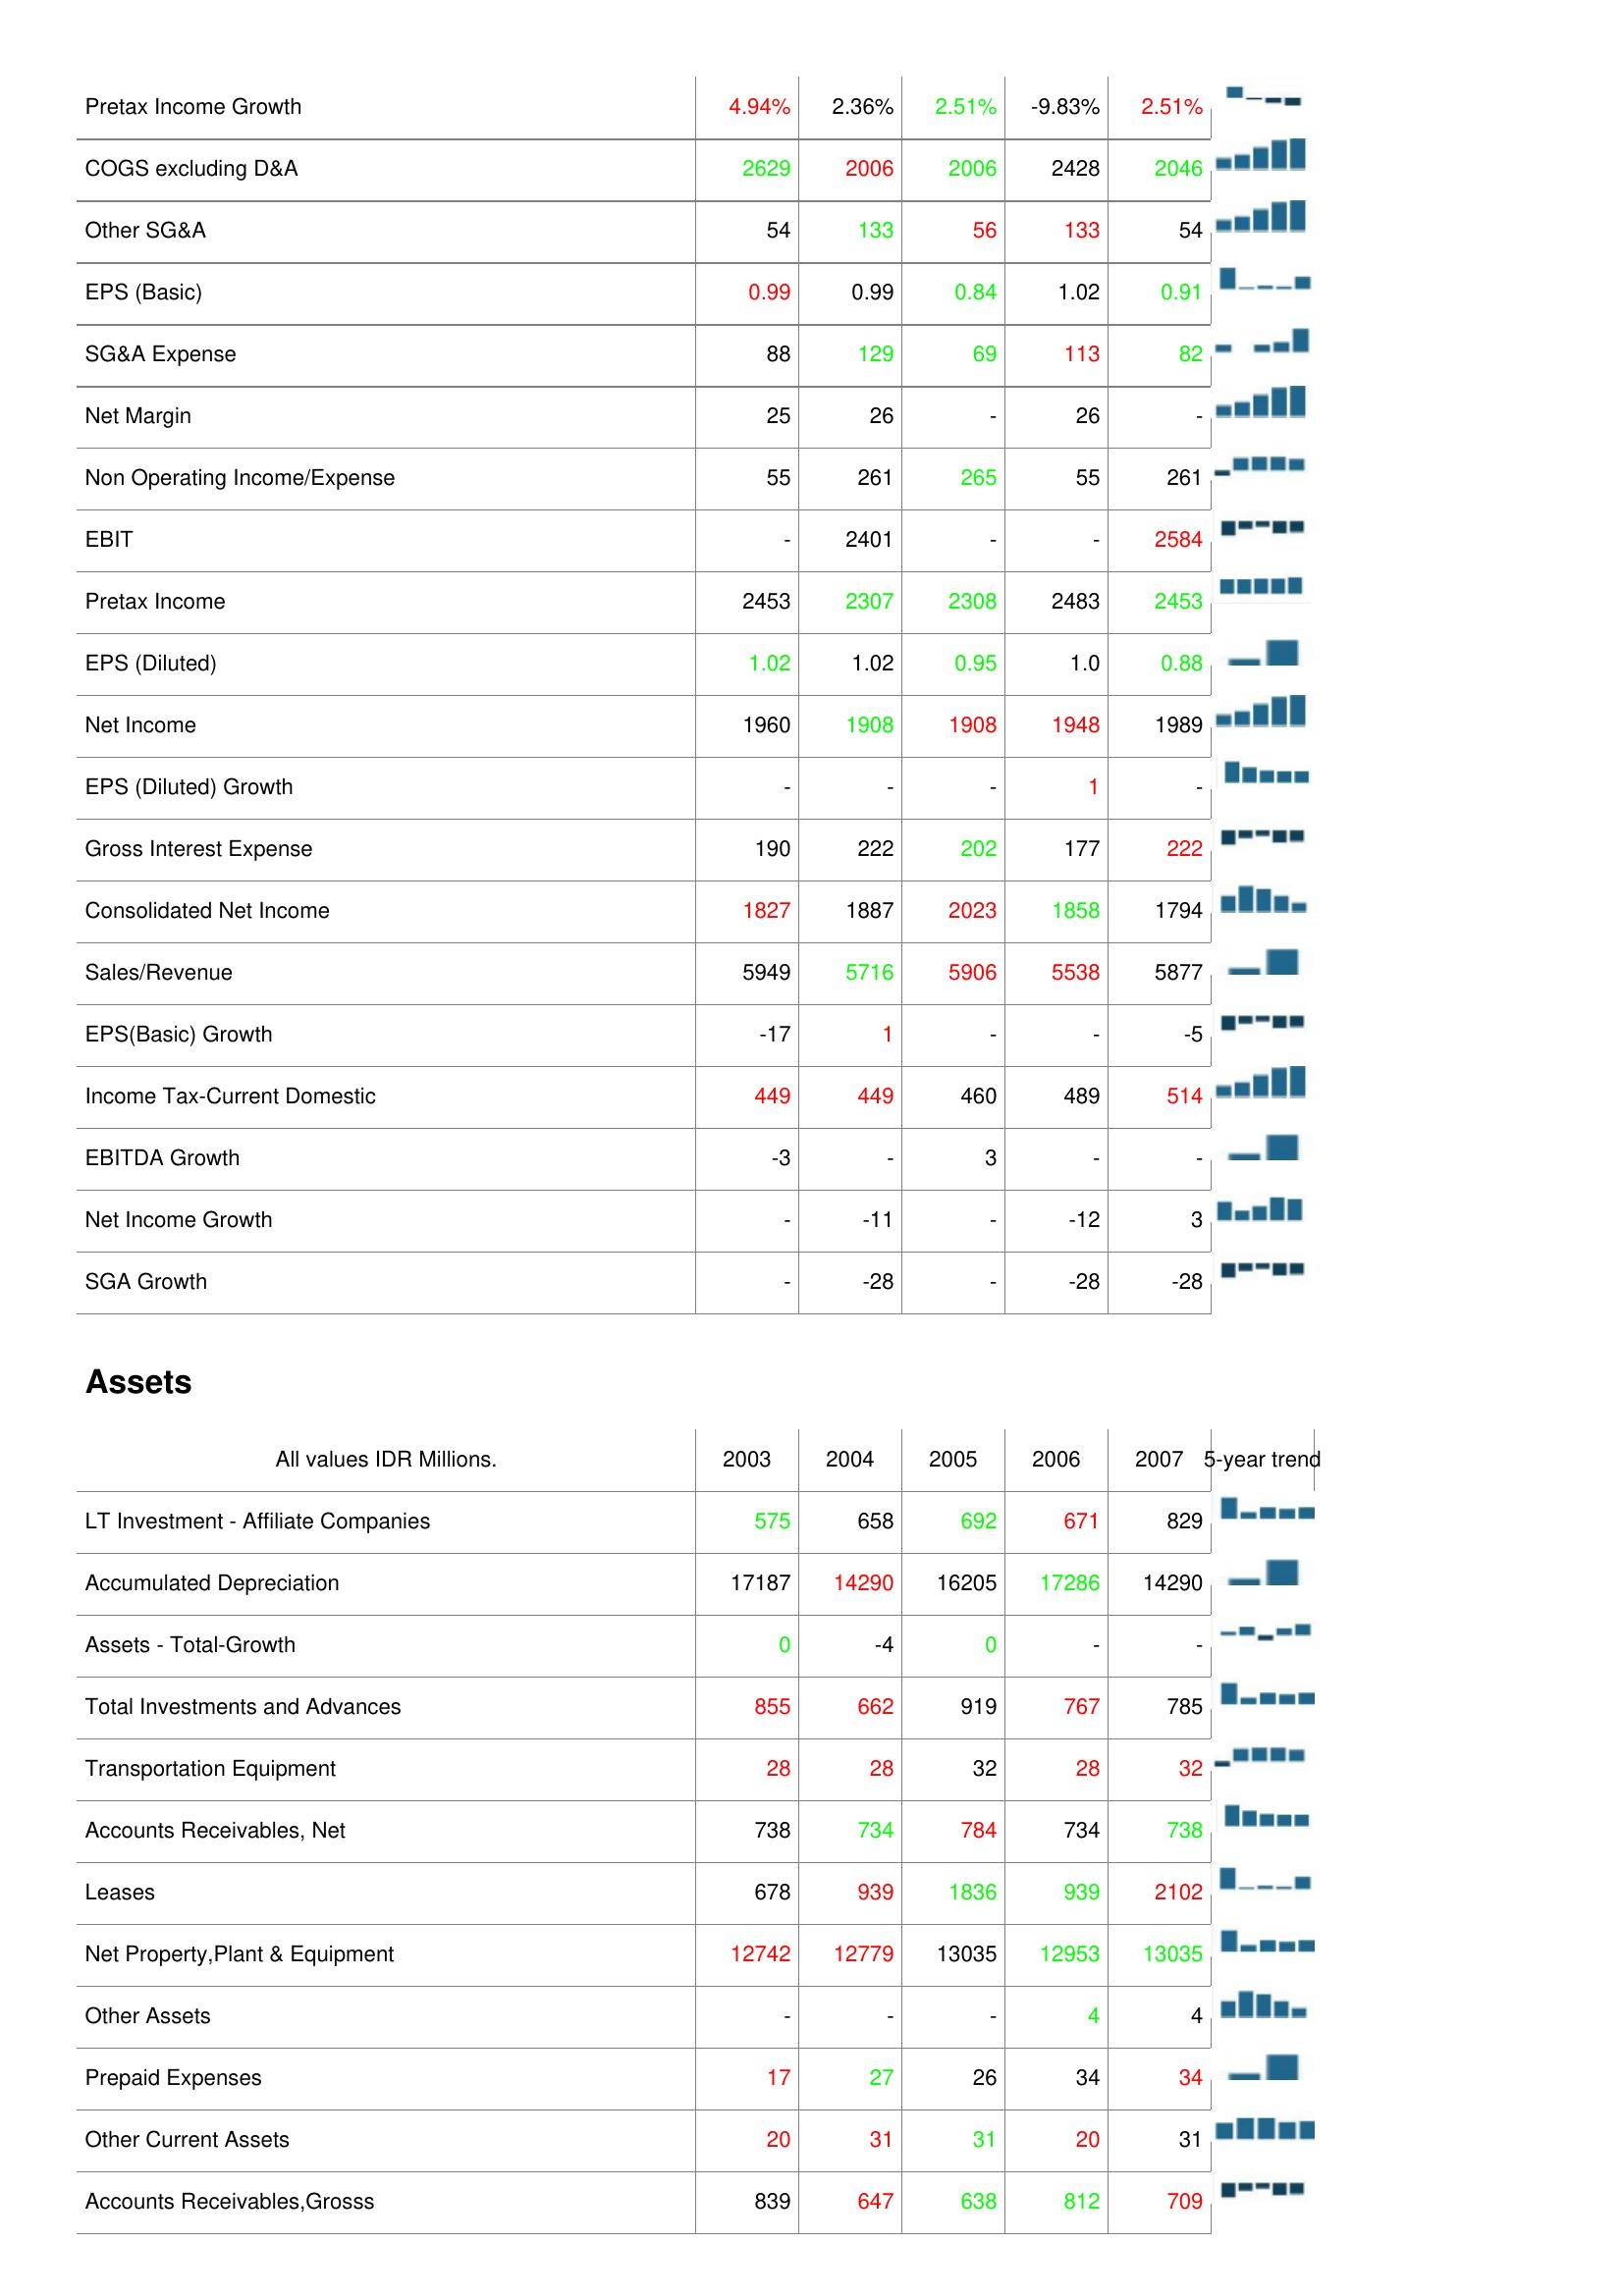
2003: : Pretax Income Growth: 4.94%
COGS excluding D&A: 2629
Other SG&A: 54
EPS (Basic): 0.99
SG&A Expense: 88
Net Margin: 25
Non Operating Income/Expense: 55
EBIT: -
Pretax Income: 2453
EPS (Diluted): 1.02
Net Income: 1960
EPS (Diluted) Growth: -
Gross Interest Expense: 190
Consolidated Net Income: 1827
Sales/Revenue: 5949
EPS(Basic) Growth: -17
Income Tax-Current Domestic: 449
EBITDA Growth: -3
Net Income Growth: -
SGA Growth: -
Assets: LT Investment - Affiliate Companies: 575
Accumulated Depreciation: 17187
Assets - Total-Growth: 0
Total Investments and Advances: 855
Transportation Equipment: 28
Accounts Receivables, Net: 738
Leases: 678
Net Property,Plant & Equipment: 12742
Other Assets: -
Prepaid Expenses: 17
Other Current Assets: 20
Accounts Receivables,Grosss: 839
2004: : Pretax Income Growth: 2.36%
COGS excluding D&A: 2006
Other SG&A: 133
EPS (Basic): 0.99
SG&A Expense: 129
Net Margin: 26
Non Operating Income/Expense: 261
EBIT: 2401
Pretax Income: 2307
EPS (Diluted): 1.02
Net Income: 1908
EPS (Diluted) Growth: -
Gross Interest Expense: 222
Consolidated Net Income: 1887
Sales/Revenue: 5716
EPS(Basic) Growth: 1
Income Tax-Current Domestic: 449
EBITDA Growth: -
Net Income Growth: -11
SGA Growth: -28
Assets: LT Investment - Affiliate Companies: 658
Accumulated Depreciation: 14290
Assets - Total-Growth: -4
Total Investments and Advances: 662
Transportation Equipment: 28
Accounts Receivables, Net: 734
Leases: 939
Net Property,Plant & Equipment: 12779
Other Assets: -
Prepaid Expenses: 27
Other Current Assets: 31
Accounts Receivables,Grosss: 647
2005: : Pretax Income Growth: 2.51%
COGS excluding D&A: 2006
Other SG&A: 56
EPS (Basic): 0.84
SG&A Expense: 69
Net Margin: -
Non Operating Income/Expense: 265
EBIT: -
Pretax Income: 2308
EPS (Diluted): 0.95
Net Income: 1908
EPS (Diluted) Growth: -
Gross Interest Expense: 202
Consolidated Net Income: 2023
Sales/Revenue: 5906
EPS(Basic) Growth: -
Income Tax-Current Domestic: 460
EBITDA Growth: 3
Net Income Growth: -
SGA Growth: -
Assets: LT Investment - Affiliate Companies: 692
Accumulated Depreciation: 16205
Assets - Total-Growth: 0
Total Investments and Advances: 919
Transportation Equipment: 32
Accounts Receivables, Net: 784
Leases: 1836
Net Property,Plant & Equipment: 13035
Other Assets: -
Prepaid Expenses: 26
Other Current Assets: 31
Accounts Receivables,Grosss: 638
2006: : Pretax Income Growth: -9.83%
COGS excluding D&A: 2428
Other SG&A: 133
EPS (Basic): 1.02
SG&A Expense: 113
Net Margin: 26
Non Operating Income/Expense: 55
EBIT: -
Pretax Income: 2483
EPS (Diluted): 1.0
Net Income: 1948
EPS (Diluted) Growth: 1
Gross Interest Expense: 177
Consolidated Net Income: 1858
Sales/Revenue: 5538
EPS(Basic) Growth: -
Income Tax-Current Domestic: 489
EBITDA Growth: -
Net Income Growth: -12
SGA Growth: -28
Assets: LT Investment - Affiliate Companies: 671
Accumulated Depreciation: 17286
Assets - Total-Growth: -
Total Investments and Advances: 767
Transportation Equipment: 28
Accounts Receivables, Net: 734
Leases: 939
Net Property,Plant & Equipment: 12953
Other Assets: 4
Prepaid Expenses: 34
Other Current Assets: 20
Accounts Receivables,Grosss: 812
2007: : Pretax Income Growth: 2.51%
COGS excluding D&A: 2046
Other SG&A: 54
EPS (Basic): 0.91
SG&A Expense: 82
Net Margin: -
Non Operating Income/Expense: 261
EBIT: 2584
Pretax Income: 2453
EPS (Diluted): 0.88
Net Income: 1989
EPS (Diluted) Growth: -
Gross Interest Expense: 222
Consolidated Net Income: 1794
Sales/Revenue: 5877
EPS(Basic) Growth: -5
Income Tax-Current Domestic: 514
EBITDA Growth: -
Net Income Growth: 3
SGA Growth: -28
Assets: LT Investment - Affiliate Companies: 829
Accumulated Depreciation: 14290
Assets - Total-Growth: -
Total Investments and Advances: 785
Transportation Equipment: 32
Accounts Receivables, Net: 738
Leases: 2102
Net Property,Plant & Equipment: 13035
Other Assets: 4
Prepaid Expenses: 34
Other Current Assets: 31
Accounts Receivables,Grosss: 709